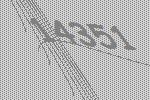
14351